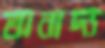
অনাদ্য